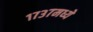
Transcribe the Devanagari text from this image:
१७३७मध्ये